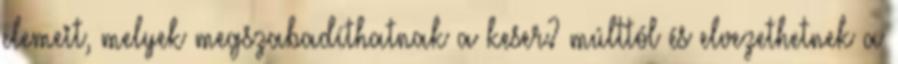
elemeit, melyek megszabadíthatnak a keser? múlttól és elvezethetnek a